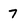
Character: 7